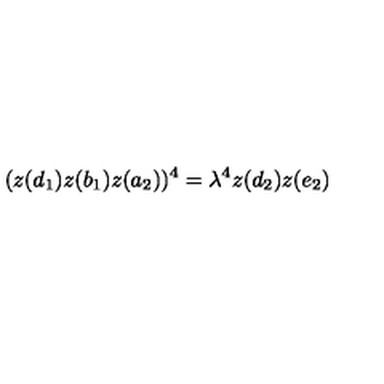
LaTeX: ( z ( d _ { 1 } ) z ( b _ { 1 } ) z ( a _ { 2 } ) ) ^ { 4 } = \lambda ^ { 4 } z ( d _ { 2 } ) z ( e _ { 2 } )